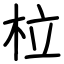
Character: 柆